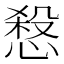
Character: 𢞒